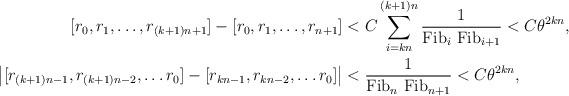
LaTeX: \begin{align*} [r_0,r_1, \ldots, r_{(k+1)n+1}] - [r_0,r_1, \ldots, r_{n+1}] & < C \sum_{i= k n}^{(k+1)n} {1 \over {\rm Fib}_{i} \ {\rm Fib}_{i+1}} < C \theta^{2 k n}, \\ \left|[r_{(k+1) n-1}, r_{(k+1) n-2}, \ldots r_0]-[r_{k n-1}, r_{k n-2}, \ldots r_0] \right| & < {1 \over {\rm Fib}_n \ {\rm Fib}_{n+1}} < C \theta^{2 k n}, \\ \end{align*}